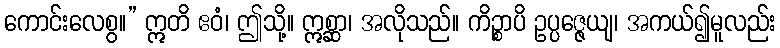
ကောင်းလေစွ။” ဣတိ ဧဝံ၊ ဤသို့။ ဣစ္ဆာ၊ အလိုသည်။ ကိဉ္စာပိ ဥပ္ပဇ္ဇေယျ၊ အကယ်၍မူလည်း